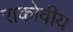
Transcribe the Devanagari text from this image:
राकोवीय